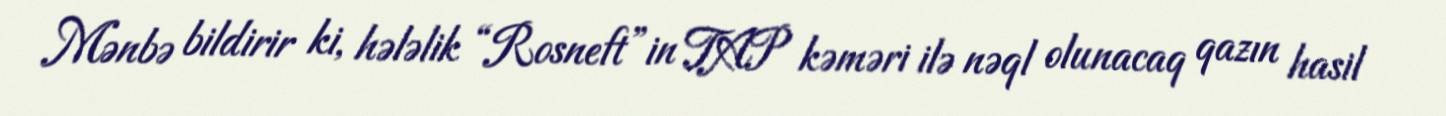
Mənbə bildirir ki, hələlik “Rosneft”in TAP kəməri ilə nəql olunacaq qazın hasil